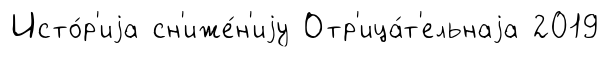
Исто́р'иjа сн'иже́н'иjу Отр'ица́т'ельнаjа 2019